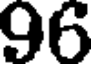
96